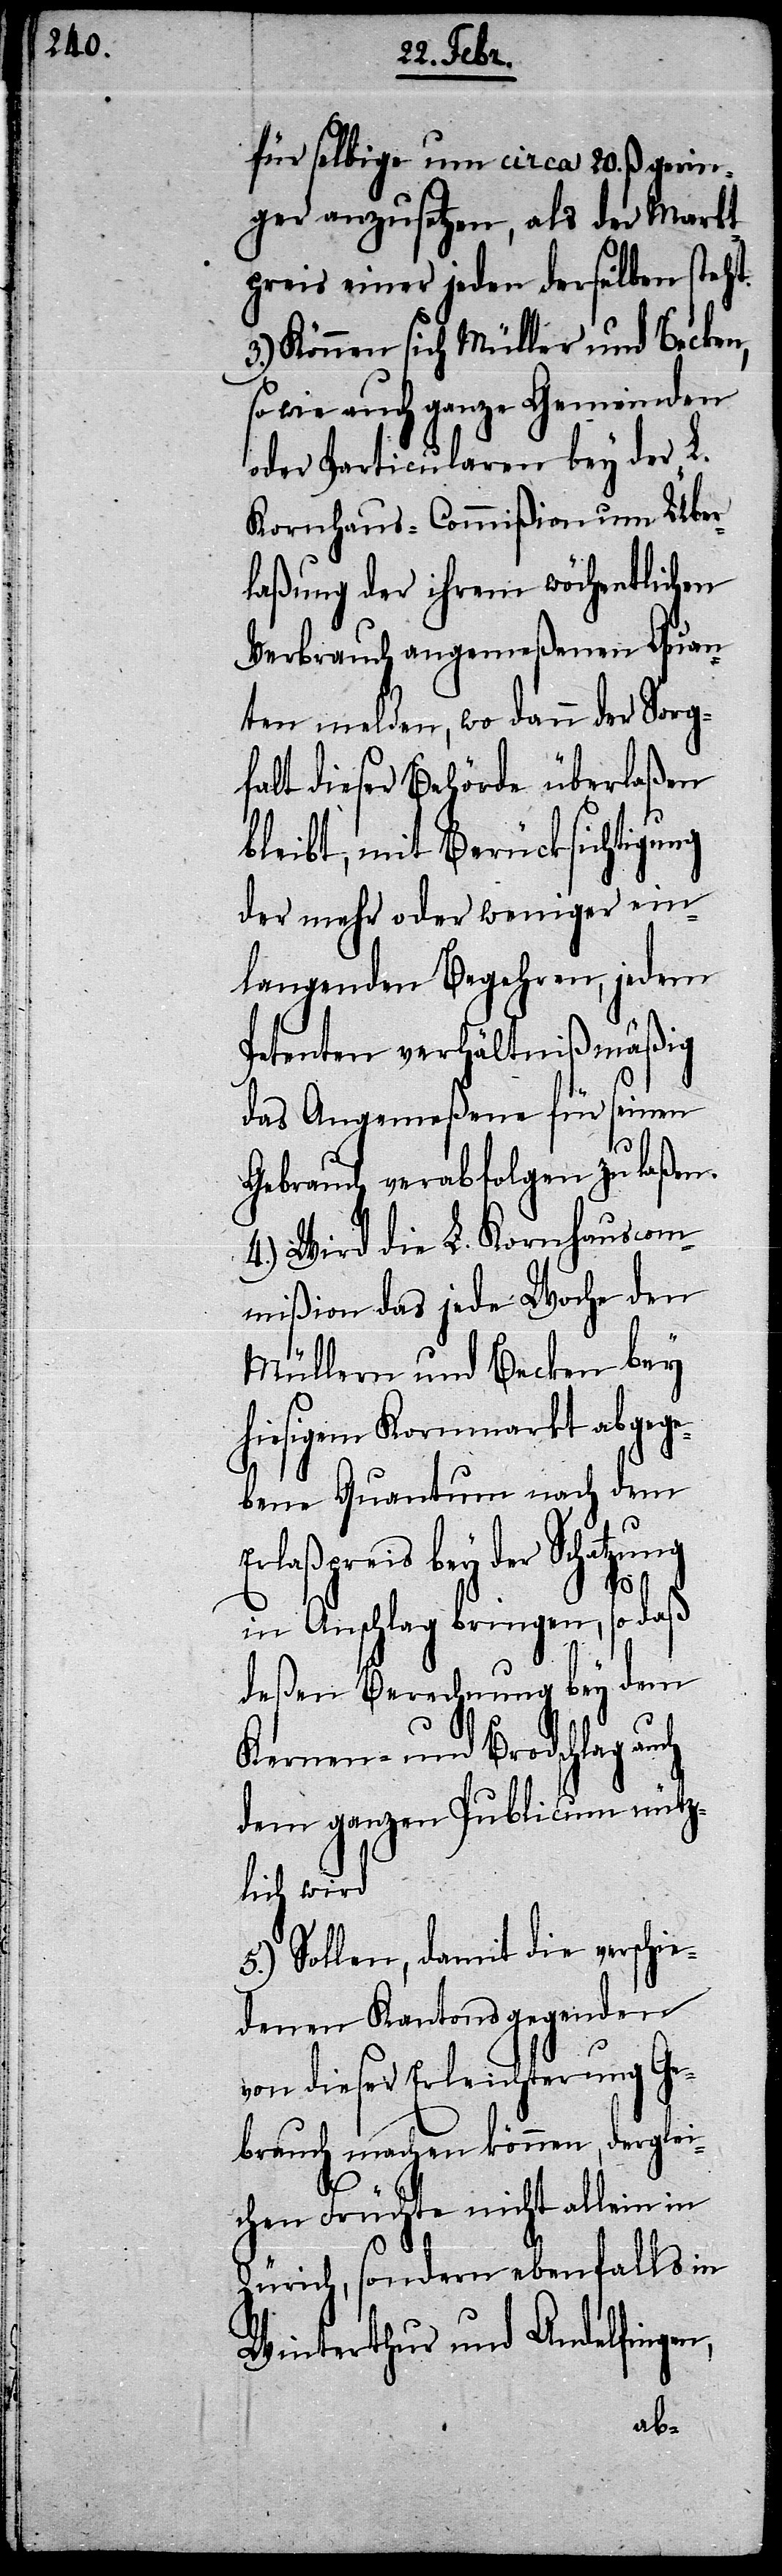
für selbige um circa 20. ß. gerin¬
ger anzusetzen, als der Markt¬
preis einer jeden derselben steht.
3.) Können sich Müller und Becken,
so wie auch ganze Gemeinden
oder Particularen bey der L.
Kornhaus-Commißion um Über¬
laßung der ihrem wöchentlichen
Verbrauch angemeßenen Quan¬
ten melden, wo dann der Sorg¬
falt dieser Behörde überlaßen
bleibt, mit Berücksichtigung
der mehr oder weniger ein¬
langenden Begehren, jedem
Petenten verhältnißmäßig
das Angemeßene für seinen
Gebrauch verabfolgen zu laßen.
4.) Wird die L. Kornhauscom¬
mißion das jede Woche den
Müllern und Becken bey
hiesigem Kornmarkt abgege¬
bene Quantum nach dem
Erlaßpreis bey der Schatzung
in Anschlag bringen, so daß
deßen Berechnung bey dem
Kernen- und Brodschlag auch
dem ganzen Publicum nütz¬
lich wir¬
5.) Sollen, damit die verschie¬
denen Kantonsgegenden
von dieser Erleichterung Ge¬
brauch machen können, derglei¬
d[.]
chen Früchte nicht allein in
Zürich, sondern ebenfalls in
Winterthur und Andelfingen,